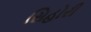
સિહોરી